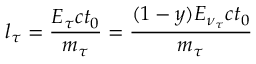
l _ { \tau } = \frac { E _ { \tau } c t _ { 0 } } { m _ { \tau } } = \frac { ( 1 - y ) E _ { \nu _ { \tau } } c t _ { 0 } } { m _ { \tau } }